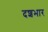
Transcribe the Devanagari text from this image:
दशभार